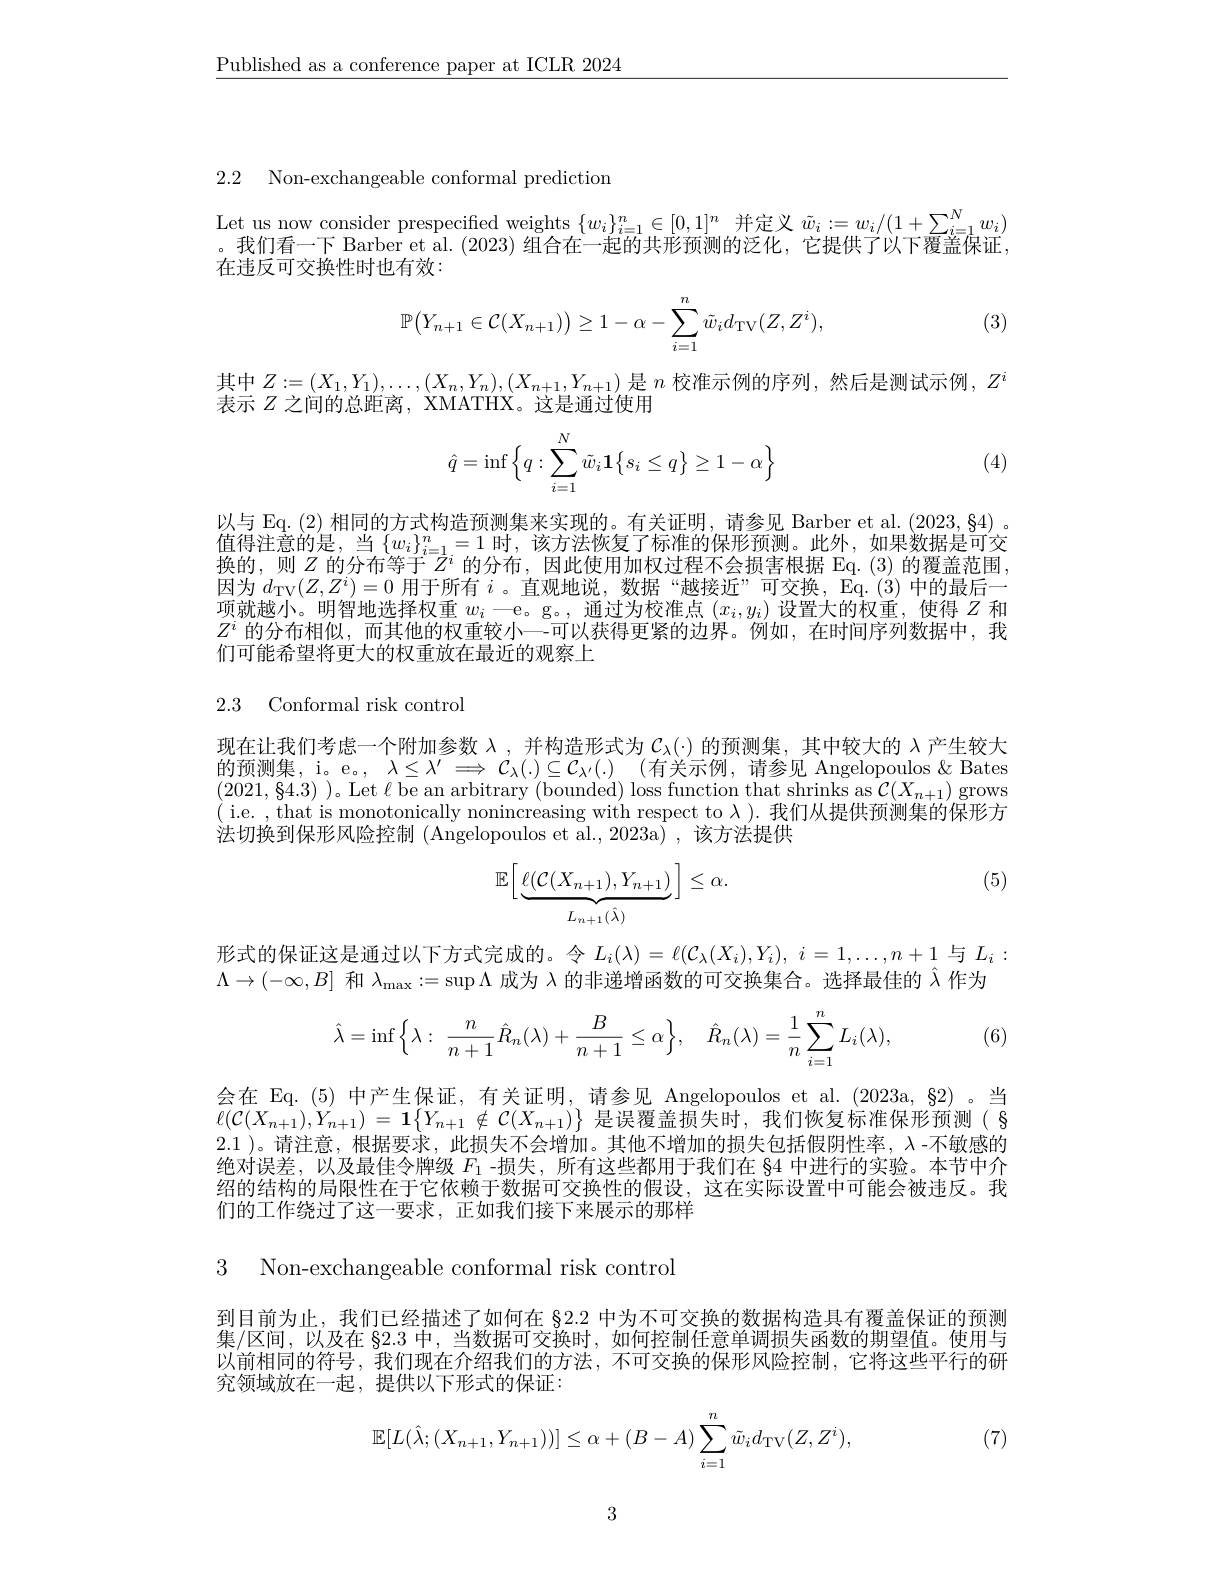
$\underline{\text{Published as a conference paper at ICLR 2024}}$

2.2 Non-exchangeable conformal predictiom

$\begin{array}{c}\text{Let us now consider prespecified weights }\{w_i\}_{i=1}^n\in[0,1]^n\text{ 并定义 }\tilde{w}_i:=w_i/(1+\sum_{i=1}^Nw_i)\\\text{。我们看一下 Barber et al.(2023)组合在一起的共形预测的泛化，它提供了以下覆盖保证}\end{array}$
在违反可交换性时也有效：
$$\mathbb{P}\big(Y_{n+1}\in\mathcal{C}(X_{n+1})\big)\geq1-\alpha-\sum_{i=1}^{n}\tilde{w}_{i}d_{\mathrm{TV}}(Z,Z^{i}),$$
(3)

其中$Z:=(X_1,Y_1),\ldots,(X_n,Y_n),(X_{n+1},Y_{n+1})$是$n$校准示例的序列，然后是测试示例$,Z^i$
表示$Z$之间的总距离，XMATHX。这是通过使用
$$\hat{q}=\inf\left\{q:\sum\limits_{i=1}^N\tilde{w}_i\mathbf{1}\left\{s_i\leq q\right\}\geq1-\alpha\right\}$$
(4)

以与 Eq.(2) 相同的方式构造预测集来实现的。有关证明，请参见 Barber et al. (2023,84) 。值得注意的是，当$\left\{w_i\right\}_{i=1}^n=1$时，该方法恢复了标准的保形预测。此外，如果数据是可交换的，则 乙 的分布等干 $Z^i$ 的分布，因此使用加权讨程不会拥害根据 Fa.(3) 的覆盖范围因为$d_\mathrm{TV}(Z,Z^i)=0$用于所有$i$ 。直观地说，数据“越接近”可交换，Eq.(3)中的最后一项就越小。明智地选择权重$w_i$一e。g。, 通过为校准点$(x_i,y_i)$设置大的权重，使得$Z$和$Z^i$的分布相似，而其他的权重较小一-可以获得更紧的边界。例如，在时间序列数据中，我们可能希望将更大的权重放在最近的观察上

## 2.3 Conformal risk control

现在让我们考虑一个附加参数$\lambda$ ,并构造形式为$\mathcal{C}_\lambda(\cdot)$的预测集，其中较大的$\lambda$产生较大的预测集，i。e。, $\lambda \leq \lambda ^\prime \Longrightarrow C_\lambda ( . ) \subseteq C_{\lambda ^{\prime }}( . )$ (有关示例，请参见 Angelopoulos &Bates (2021,84.3) )。Let $\ell$ be an arbitrary (bounded) loss function that shrinks as $\mathcal{C}(X_{n+1})$ grows ( i.e. , that is monotonically nonincreasing with respect to $\lambda).$我们从提供预测集的保形方法切换到保形风险控制 (Angelopoulos et al., 2023a) ,该方法提供

(5)
$$\mathbb{E}\Big[\underbrace{\ell(\mathcal{C}(X_{n+1}),Y_{n+1})}_{L_{n+1}(\hat{\lambda})}\Big]\leq\alpha.$$
形式的保证这是通过以下方式完成的。令$L_i(\lambda)=\ell(\mathcal{C}_\lambda(X_i),Y_i),i=1,\ldots,n+1$与$L_i:$
$\Lambda\to(-\infty,B]$和$\lambda_\mathrm{max}:=\sup\Lambda$成为 入的非递增函数的可交换集合。选择最佳的$\hat{\lambda}$作为
$$\hat{\lambda}=\inf\Big\{\lambda:\:\frac{n}{n+1}\hat{R}_{n}(\lambda)+\frac{B}{n+1}\leq\alpha\Big\},\quad\hat{R}_{n}(\lambda)=\frac{1}{n}\sum_{i=1}^{n}L_{i}(\lambda),$$
(6)

会在 Eq.(5) 中产生保证，有关证明，请参见 Angelopoulos et al.(2023a, §2) 。当$\ell(\mathcal{C}(X_{n+1}),Y_{n+1})=1\{Y_{n+1}\notin\mathcal{C}(X_{n+1})\}$是误覆盖损失时，我们恢复标准保形预测( $\S$ 2.1 )。请注意，根据要求，此损失不会增加。其他不增加的损失包括假阴性率，$\lambda$ -不敏感的绝对误差，以及最佳令牌级$F_{1}$ -损失，所有这些都用于我们在 84 中进行的实验。本节中介绍的结构的局限性在于它依赖于数据可交换性的假设，这在实际设置中可能会被违反。我们的工作绕过了这一要求，正如我们接下来展示的那样

3 Non-exchangeable conformal risk control

到目前为止，我们已经描述了如何在 §2.2 中为不可交换的数据构造具有覆盖保证的预测集/区间，以及在82.3中，当数据可交换时，如何控制任意单调损失函数的期望值。使用与以前相同的符号，我们现在介绍我们的方法，不可交换的保形风险控制，它将这些平行的研究领域放在一起，提供以下形式的保证：
$$\mathbb{E}[L(\hat{\lambda};(X_{n+1},Y_{n+1}))]\leq\alpha+(B-A)\sum_{i=1}^{n}\tilde{w}_{i}d_{\mathrm{TV}}(Z,Z^{i}),$$
(7)

3